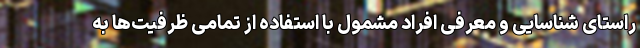
راستای شناسایی و معرفی افراد مشمول با استفاده از تمامی ظرفیت‌ها به